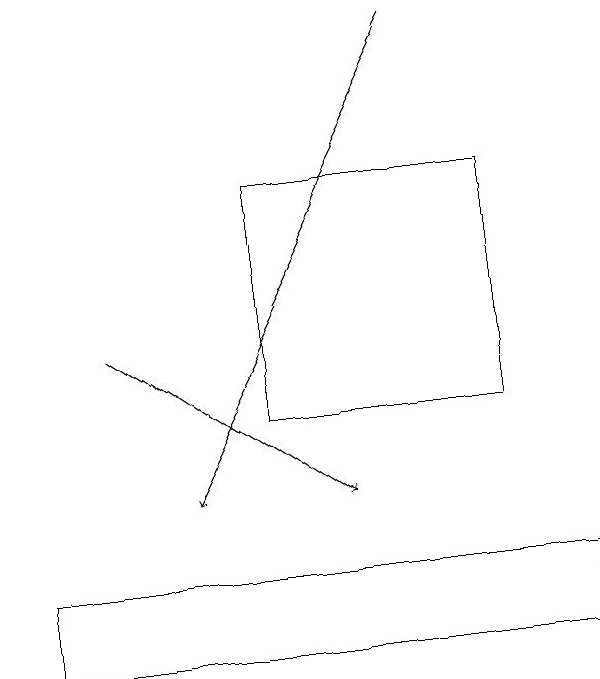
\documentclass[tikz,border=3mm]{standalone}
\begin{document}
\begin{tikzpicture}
\draw[->] (6,19) -- (3,13);
\draw (4,14) rectangle (7,17);
\draw (1,12) rectangle (8,11);
\draw[->] (2,15) -- (5,13);
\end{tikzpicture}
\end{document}